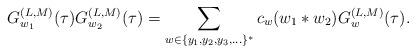
LaTeX: \begin{align*}G^{(L,M)}_{w_1}(\tau) G^{(L,M)}_{w_2}(\tau) = \sum_{w\in\{y_1,y_2,y_3,\ldots\}^*} c_w (w_1\ast w_2) G^{(L,M)}_w(\tau) .\end{align*}